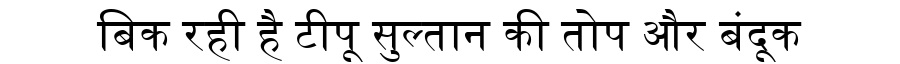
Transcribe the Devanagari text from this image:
बिक रही है टीपू सुल्तान की तोप और बंदूक